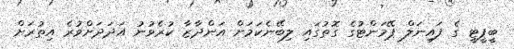
ބީޕީޓީ ގެ ފައިނަލް ޕޭމަންޓުގެ ގޮތުގައި ލިބޭނެކަމަށް އަންދާޒާ ކުރެވުނު އަދަދަށްވުރެ އިތުރަށް